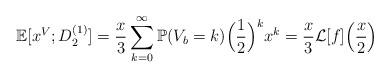
LaTeX: \begin{align*}\mathbb{E}[x^V;D^{(1)}_2]=\frac{x}{3}\sum_{k=0}^{\infty}\mathbb{P}(V_b=k)\Big{(}\frac{1}{2}\Big{)}^k x^k=\frac{x}{3}\mathcal{L}[f]\Big{(}\frac{x}{2}\Big{)}\end{align*}